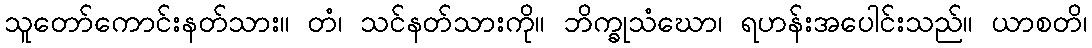
သူတော်ကောင်းနတ်သား။ တံ၊ သင်နတ်သားကို။ ဘိက္ခုသံဃော၊ ရဟန်းအပေါင်းသည်။ ယာစတိ၊